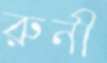
রুনী